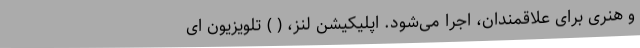
و هنری برای علاقمندان، اجرا می‌شود. اپلیکیشن لنز، ( ) تلویزیون ای